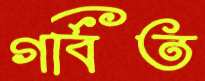
গর্বিত